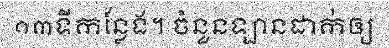
១៣ទីកន្លែង។ ចំនួនឡានដាក់ឲ្យ